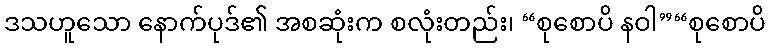
ဒသဟူသော နောက်ပုဒ်၏ အစဆုံးက စလုံးတည်း၊ “စုစောပိ နဝါ”“စုစောပိ